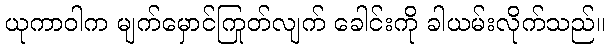
ယုကာဝါက မျက်မှောင်ကြုတ်လျက် ခေါင်းကို ခါယမ်းလိုက်သည်။